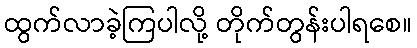
ထွက်လာခဲ့ကြပါလို့ တိုက်တွန်းပါရစေ။